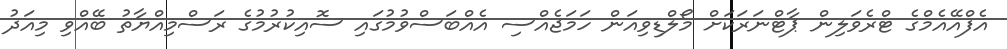
އެފްއޭއެމްގެ ޓްރެވަލިން ޕާޓްނަަރަކަށް މޯލްޑިވިއަން ހަމަޖެއްސި އެއްބަސްވުމުގައި ސޮއިކުރުމުގެ ރަސްމިއްޔާތު ބޭއްވި މިއަދު